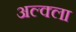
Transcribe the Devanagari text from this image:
अल्क्ला